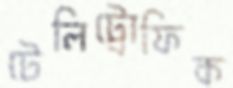
টেলিট্রোফিক